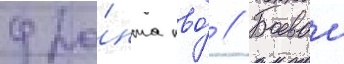
фро́нта пво́ // Боевои